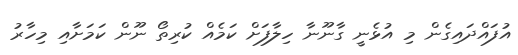
އުފައްދައިގެން މި އުޅެނީ ގާނޫނާ ހިލާފަށް ކަމެއް ކުރިތޯ ނޫން ކަމަށާއި މިހާރު